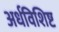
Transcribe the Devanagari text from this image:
अर्धविशिष्ट